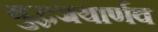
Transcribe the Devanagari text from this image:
युद्धजयार्णव